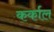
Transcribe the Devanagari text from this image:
कर्काल